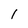
Character: 1